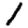
Digit: 1